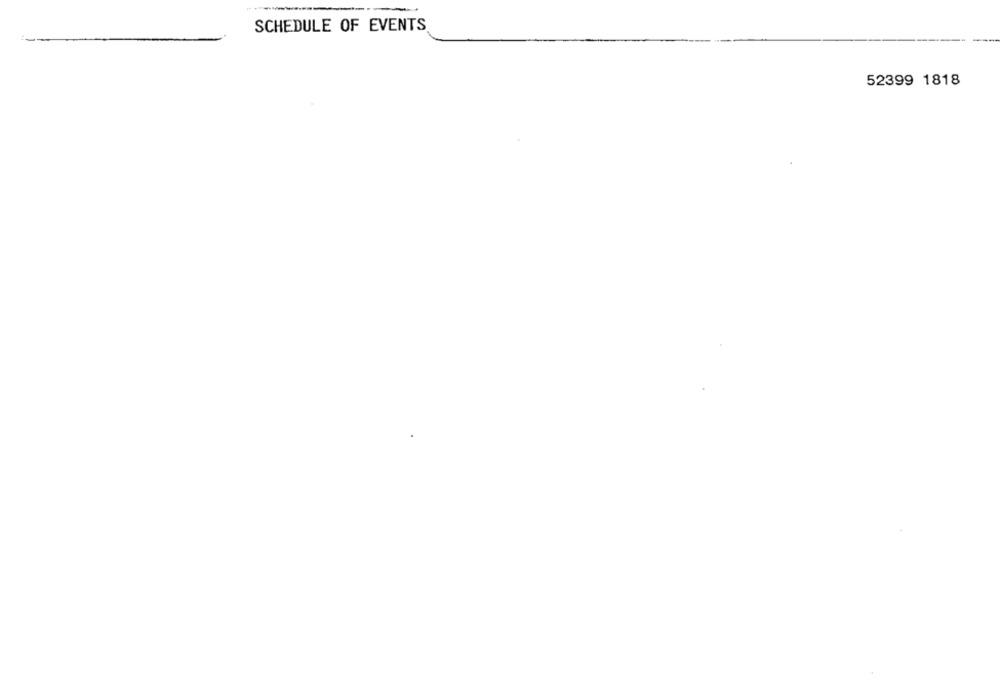
SCHEDULE OF EVENTS
52399 1818